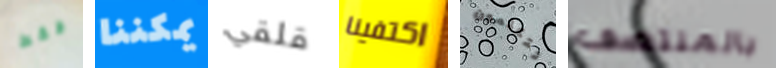
فقط يمكننا قلقي اكتفينا تتكلمون بالمنتصف